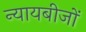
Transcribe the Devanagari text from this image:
न्यायबीजों